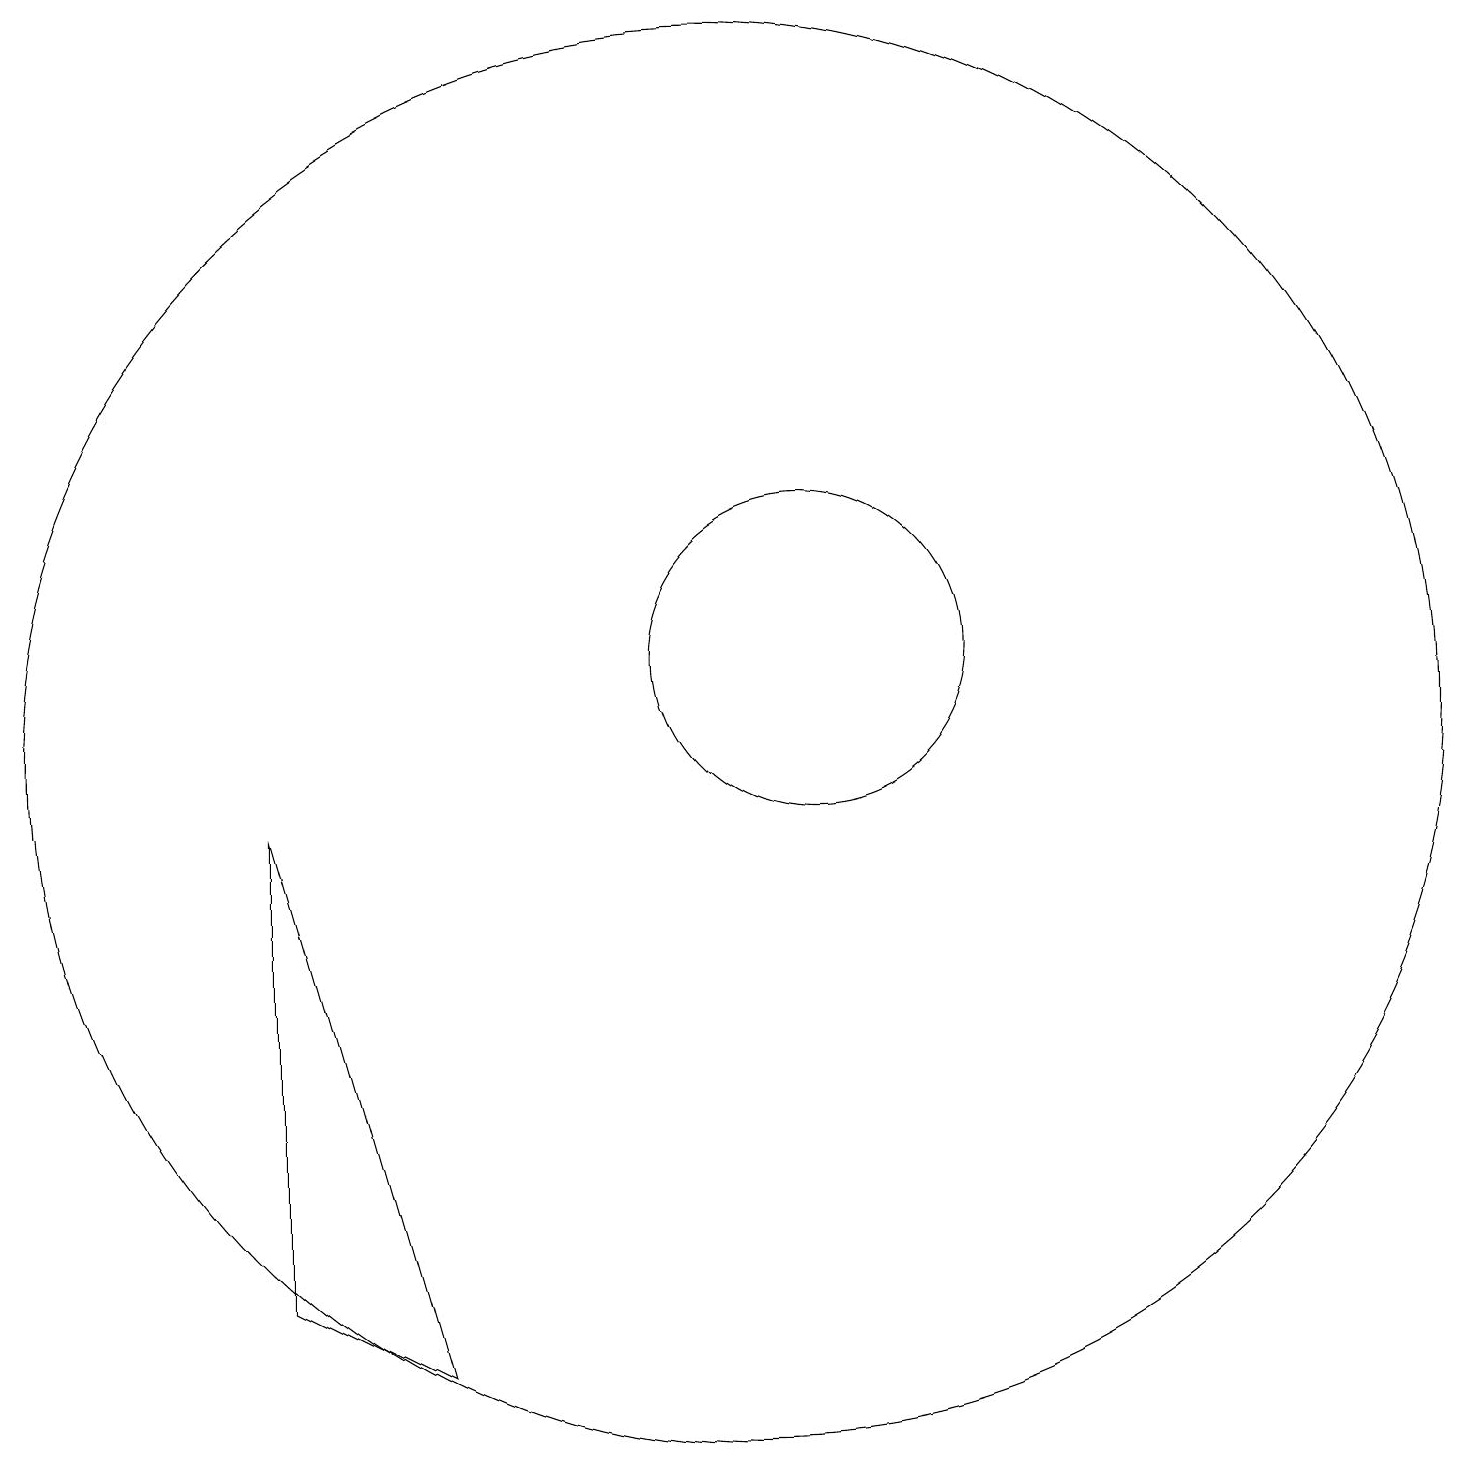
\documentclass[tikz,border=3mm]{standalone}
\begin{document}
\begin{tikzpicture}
\draw (11,10) circle (9);
\draw (12,11) circle (2);
\draw (5,9) -- (7,2) -- (5,3) -- cycle;
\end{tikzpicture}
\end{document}